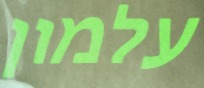
עלמון